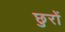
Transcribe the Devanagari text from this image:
छुरों